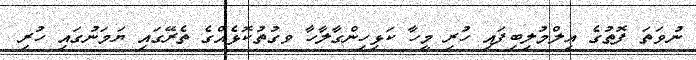
ނުވަތަ ފޮތުގެ ޢިލްމުލިބިފައި ހުރި މީހާ ކަޅިހިންގާލާހާ ވގުތުކޮޅެއްގެ ތެރޭގައި ޔަމަނުގައި ހުރި